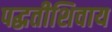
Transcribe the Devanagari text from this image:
पद्धतीशिवाय